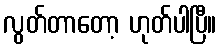
လွတ်တာတော့ ဟုတ်ပါပြီ။